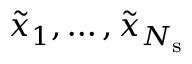
\tilde { x } _ { 1 } , \ldots , \tilde { x } _ { N _ { \mathrm { s } } }